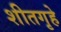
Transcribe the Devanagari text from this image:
शीतगृहे